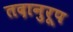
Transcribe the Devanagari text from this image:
तदानुरूप